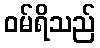
ဝမ်ရိသည်